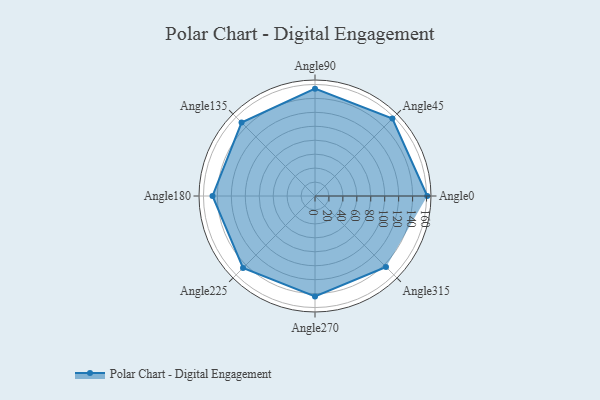
{"axis": {"x": "Angle", "y": "Radius"}, "legend": [""], "data": [{"x": "Angle0", "y": 161.0, "type": ""}, {"x": "Angle45", "y": 157.0, "type": ""}, {"x": "Angle90", "y": 154.0, "type": ""}, {"x": "Angle135", "y": 149.0, "type": ""}, {"x": "Angle180", "y": 147.0, "type": ""}, {"x": "Angle225", "y": 146.0, "type": ""}, {"x": "Angle270", "y": 144.0, "type": ""}, {"x": "Angle315", "y": 144.0, "type": ""}]}